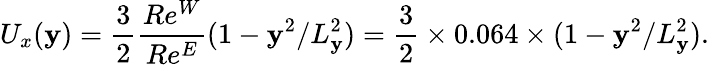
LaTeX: U_{x}(\mathbf{y})=\frac{{3}}{{2}}\frac{{Re^{W}}}{{Re^{E}}}(1-\mathbf{y}^{2}/L_{\mathbf{y}}^{2})=\frac{{3}}{{2}}\times0.064\times(1-\mathbf{y}^{2}/L_{\mathbf{y}}^{2}).